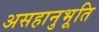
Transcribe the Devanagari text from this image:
असहानुभूति